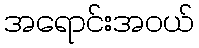
အရောင်းအဝယ်